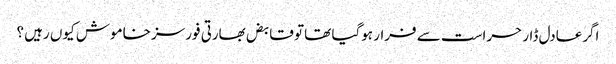
اگرعادل ڈار حراست سے فرار ہوگیا تھا تو قابض بھارتی فورسز خاموش کیوں رہیں ؟